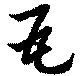
瓦